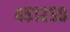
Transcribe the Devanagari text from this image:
४५१२५०